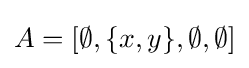
A=[\emptyset ,\{x,y\},\emptyset ,\emptyset ]